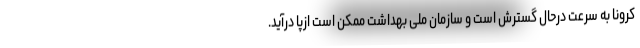
کرونا به سرعت درحال گسترش است و سازمان ملی بهداشت ممکن است ازپا درآید.